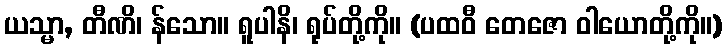
ယသ္မာ, တီဏိ၊ န်သော။ ရူပါနိ၊ ရုပ်တို့ကို။ (ပထဝီ တေဇော ဝါယောတို့ကို။)